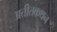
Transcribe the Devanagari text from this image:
अतीतकथन